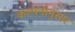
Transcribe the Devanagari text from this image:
कल्पनांनुसार